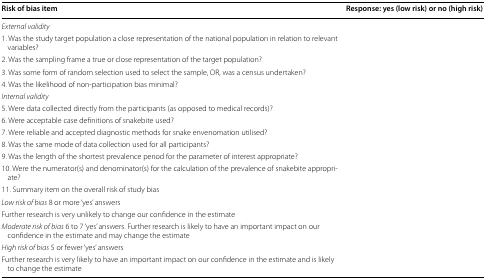
<table><thead><tr><td><b>Risk of bias item</b></td><td><b>Response: yes (low risk) or no (high risk)</b></td></tr></thead><tbody><tr><td><i>External validity</i></td><td></td></tr><tr><td>1. Was the study target population a close representation of the national population in relation to relevant variables?</td><td></td></tr><tr><td>2. Was the sampling frame a true or close representation of the target population?</td><td></td></tr><tr><td>3. Was some form of random selection used to select the sample, OR, was a census undertaken?</td><td></td></tr><tr><td>4. Was the likelihood of non-participation bias minimal?</td><td></td></tr><tr><td><i>Internal validity</i></td><td></td></tr><tr><td>5. Were data collected directly from the participants (as opposed to medical records)?</td><td></td></tr><tr><td>6. Were acceptable case definitions of snakebite used?</td><td></td></tr><tr><td>7. Were reliable and accepted diagnostic methods for snake envenomation utilised?</td><td></td></tr><tr><td>8. Was the same mode of data collection used for all participants?</td><td></td></tr><tr><td>9. Was the length of the shortest prevalence period for the parameter of interest appropriate?</td><td></td></tr><tr><td>10. Were the numerator(s) and denominator(s) for the calculation of the prevalence of snakebite appropriate?</td><td></td></tr><tr><td>11. Summary item on the overall risk of study bias</td><td></td></tr><tr><td><i>Low risk of bias</i> 8 or more ‘yes’ answers</td><td></td></tr><tr><td>Further research is very unlikely to change our confidence in the estimate</td><td></td></tr><tr><td><i>Moderate risk of bias</i> 6 to 7 ‘yes’ answers. Further research is likely to have an important impact on our confidence in the estimate and may change the estimate</td><td></td></tr><tr><td><i>High risk of bias</i> 5 or fewer ‘yes’ answers</td><td></td></tr><tr><td>Further research is very likely to have an important impact on our confidence in the estimate and is likely to change the estimate</td><td></td></tr></tbody></table>